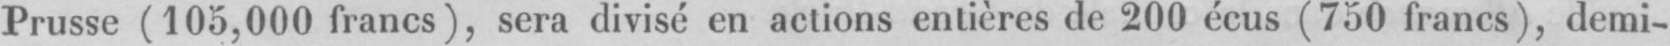
Prusse (105,000 francs), sera divisé en actions entières de 200 écus (750 francs), demi-